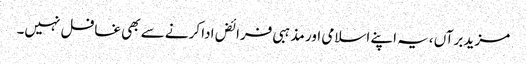
مزید برآں ،یہ اپنے اسلامی اور مذہبی فرائض ادا کرنے سے بھی غافل نہیں۔